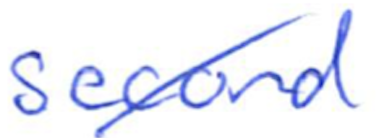
Text: second
Cross-out: diagonal
Writing tool: ballpoint